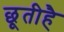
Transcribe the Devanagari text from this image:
छूतीहै